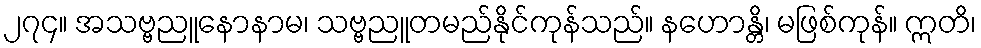
၂၇၄။ အသဗ္ဗညူနောနာမ၊ သဗ္ဗညူတမည်နိုင်ကုန်သည်။ နဟောန္တိ၊ မဖြစ်ကုန်။ ဣတိ၊